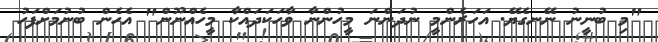
"މި ބުނީނު ނޭނގެޔޭ. އަހަރެންމީ ނުދަންނަ މީހުންނާ ވާހަކަދައްކާ މީހެއްނޫން" އެހެން ބުނުމަށްފަހު